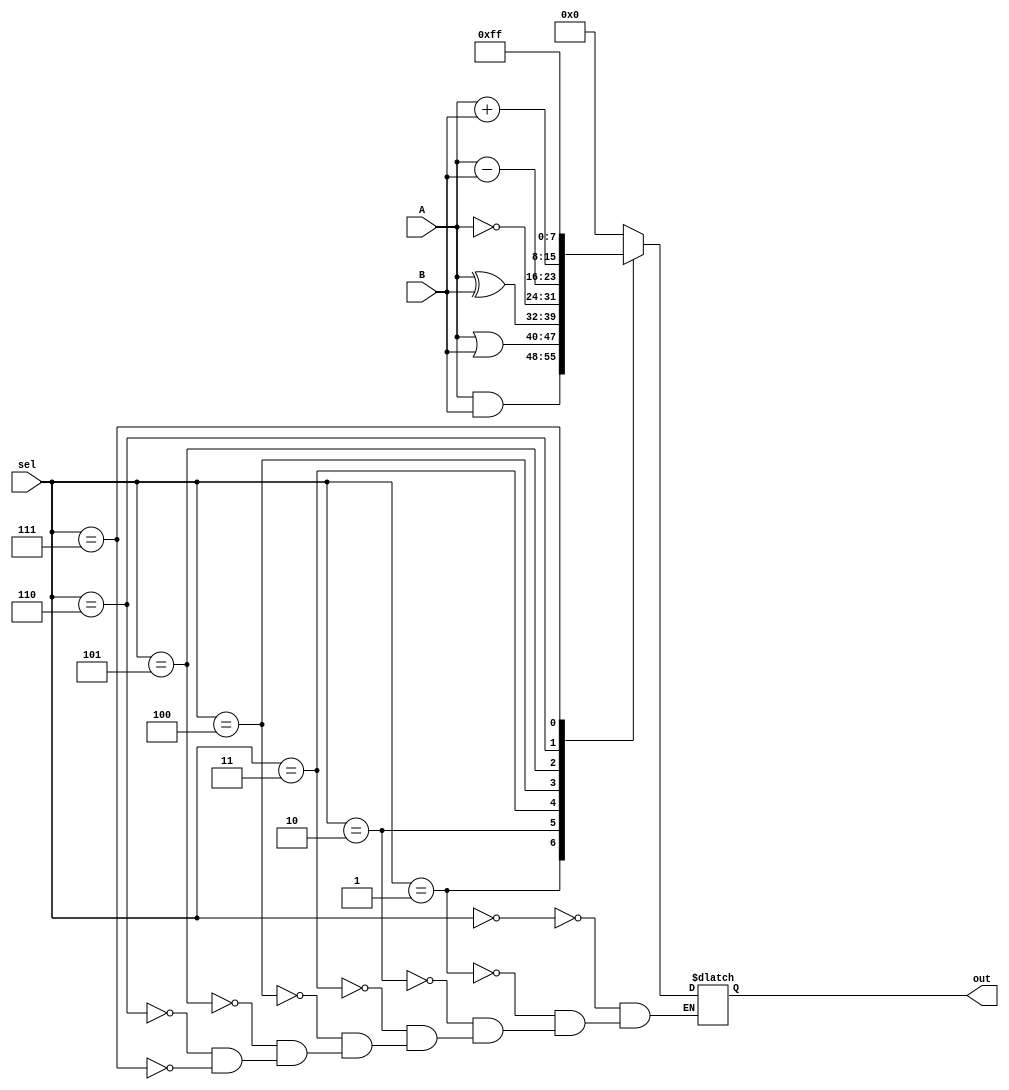
module alu(input[7:0] A,
           input[7:0] B,
           input[3:0] sel,
           output reg[7:0] out);
  reg [7:0]O;
always@(*)begin
  case(sel)
  0:O<=8'h0000;
  1:O<=A&B;
  2:O<=A|B;
  3:O<=A^B;
  4:O<=~A;
  5:O<=A-B;
  6:O<=A+B;
  7:O<=8'hFFFF;
  endcase
  end
  assign out=O;
endmodule